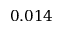
0 . 0 1 4